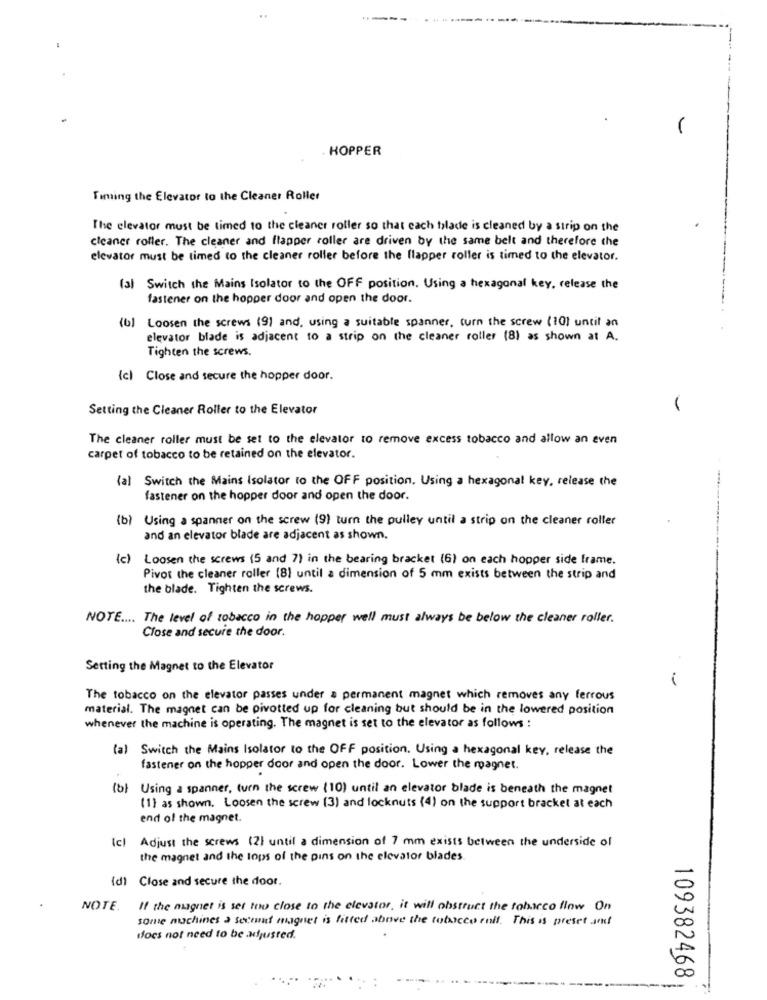
HOPPER
Timing the Elevator to the Cleaner Roller
The elevator must be timed to the cleaner roller so that cach blade is cleaned by a strip on the
cleaner roller. The cleaner and flapper roller are driven by the same belt and therefore the
elevator must be timed to the cleaner roller before the flapper roller is timed to the elevator.
(3) Switch the Mains Isolator to the OFF position. Using a hexagonal key, release the
fastener on the hopper door and open the door.
(b) Loosen the screws (9) and, using a suitable spanner, turn the screw (10) until an
elevator blade is adjacent to a strip on the cleaner roller (8) as shown at A.
Tighten the screws.
(c) Close and secure the hopper door.
Setting the Cleaner Roller to the Elevator
The cleaner roller must be set to the elevator to remove excess tobacco and allow an even
carpet of tobacco to be retained on the elevator.
(al Switch the Mains Isolator to the OFF position. Using a hexagonal key, release the
fastener on the hopper door and open the door.
(b) Using a spanner on the screw (9) turn the pulley until a strip on the cleaner roller
and an elevator blade are adjacent as shown.
(c) Loosen the screws (5 and 7) in the bearing bracket (6) on each hopper side frame.
Pivot the cleaner roller (8) until a dimension of 5 mm exists between the strip and
the blade. Tighten the screws.
NOTE .... The level of tobacco in the hopper well must always be below the cleaner roller.
Close and secure the door.
Setting the Magnet to the Elevator
The tobacco on the elevator passes under a permanent magnet which removes any ferrous
material. The magnet can be pivotted up for cleaning but should be in the lowered position
whenever the machine is operating. The magnet is set to the elevator as follows :
(a) Switch the Mains Isolator to the OFF position. Using a hexagonal key, release the
fastener on the hopper door and open the door. Lower the magnet.
(b) Using a spanner, turn the screw (10) until an elevator blade is beneath the magnet
(1) as shown. Loosen the screw (3) and locknuts (4) on the support bracket at each
end of the magnet.
(c)
Adjust the screws (2) until a dimension of 7 mm exists between the underside of
the magnet and the tops of the pins on the elevator blades
(d) Close and secure the door.
NOTE.
If the magnet is set too close to the elevator, it will obstruct the tobacco flow On
some machines a second magnet is fitted above the tobacco roll. This is preset and
does not need to be adjusted.
109382468